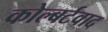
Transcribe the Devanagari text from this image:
कोल्बर्टवाद